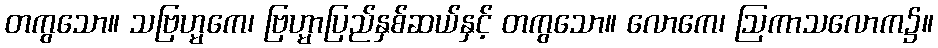
တကွသော။ သဗြဟ္မကေ၊ ဗြဟ္မာပြည်နှစ်ဆယ်နှင့် တကွသော။ လောကေ၊ ဩကာသလောက၌။